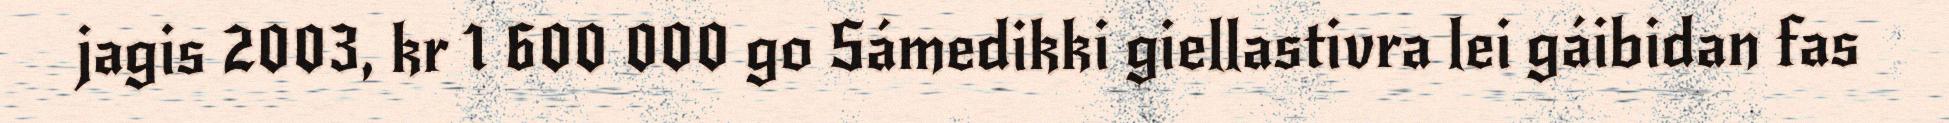
jagis 2003, kr 1 600 000 go Sámedikki giellastivra lei gáibidan fas